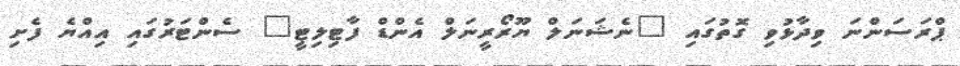
ޕްރަސަންނަ ވިދާޅުވި ގޮތުގައި "ނެޝަނަލް ޔޫރޯރީނަލް އެންޑް ފާޓިލިޓީ" ސެންޓަރުގައި އިއްޔެ ފެށި